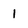
Character: 1